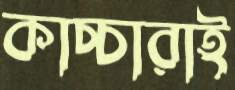
কাচ্চারাই